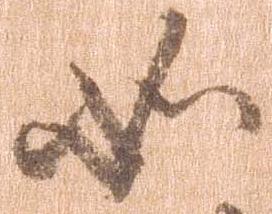
如